Annual report of the Punjab Veterinary College and of the Civil Veterinary Department, Punjab - 1920-1925
Year: 1920
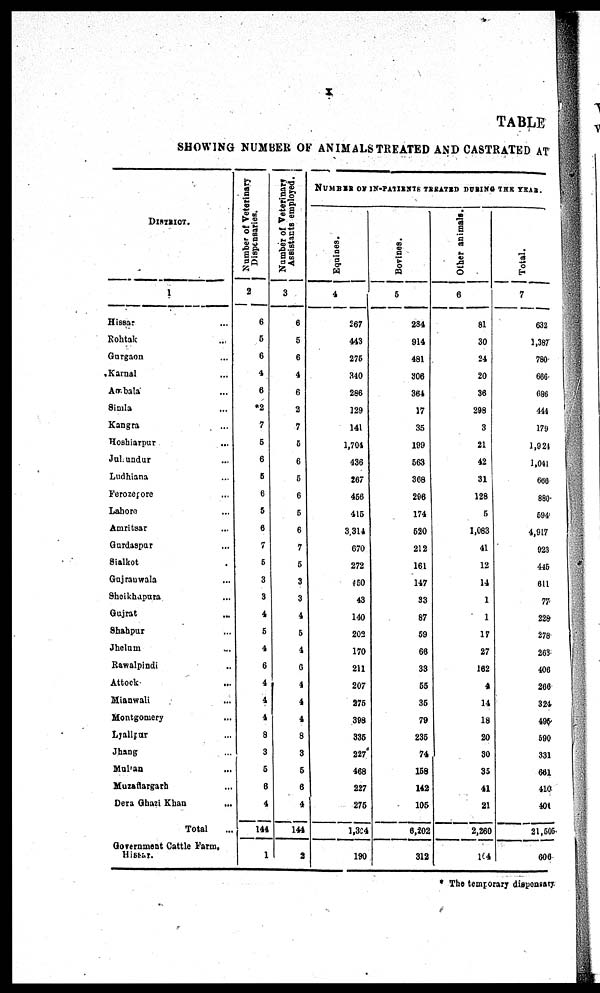
X
TABLE
SHOWING NUMBER O F ANIMALS TREATED A N D CASTRATED A T
DISTRICT.
1
Hi ssar ...
Roht ak .
.
.
Gurgaon ...
Karnal ...
Ambal a ...
Si ml a ...
Kangra ...
Hoshi arpur ...
Jul l undur ...
Ludhi ana ...
Ferozepore ...
Labore .
.
.
Amri t sar ...
Gurdaspur ...
Si al kot ...
Guj ranwal a ...
Shoi khapura ...
Guj rat ...
Shahpur ...
Jhel um . . .
Rawal pi ndi ...
At t ock ...
Mi anwal i ...
Mont gomery ...
Lyal l pur ...
Jhang ...
Mul t an ...
Muzaf f argarh ...
Dera Ghazi Khan ...
Total ...
Government Cattl e Farm.
Hi ssar.
Number of Veterinary
Dispensaries.
2
6
5
6
4
6
*2
7
5
6
5
6
5
6
7
5
3
3
4
5
4
6
4
4
4
8
3
5
6
4
144
1
Number of Veterinary
Assistants employed.
3
6
5
6
4
6
2
7
6
6
5
6
5
6
7
5
3
3
4
5
4
0
4
4
4
8
3
5
6
4
144
2
NUMBER OF IN-PATIENTS TRE
Equines.
4
267
443
275
340
286
129
141
1, 704
436
267
456
415
3,314
670
272
450
43
140
202
170
211
207
275
398
335
227
468
227
275
1, 304
190
Bovines.
5
234
914
481
306
364
17
35
199
563
368
296
174
520
212
161
147
33
87
59
66
33
55
35
79
235
74
158
142
105
6, 202
312
Other animals.
6
81
30
24
20
36
298
3
21
42
31
128
5
1, 083
41
12
14
1
1
17
27
162
4
14
18
20
30
35
41
21
2, 260
104
Total.
7
632
1, 387
780
686
686
444
179
1, 921
1, 041
660
880
594
4, 917
923
445
611
77
228
278
263
406
266
324
495
590
331
661
410
401
21, 505
606
* T h e t emporary di spensary.